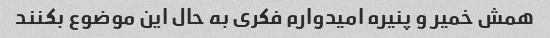
همش خمیر و پنیره امیدوارم فکری به حال این موضوع بکنند